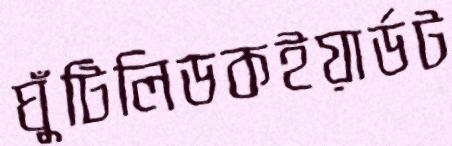
ঘুঁটিলিডকইয়ার্ডট